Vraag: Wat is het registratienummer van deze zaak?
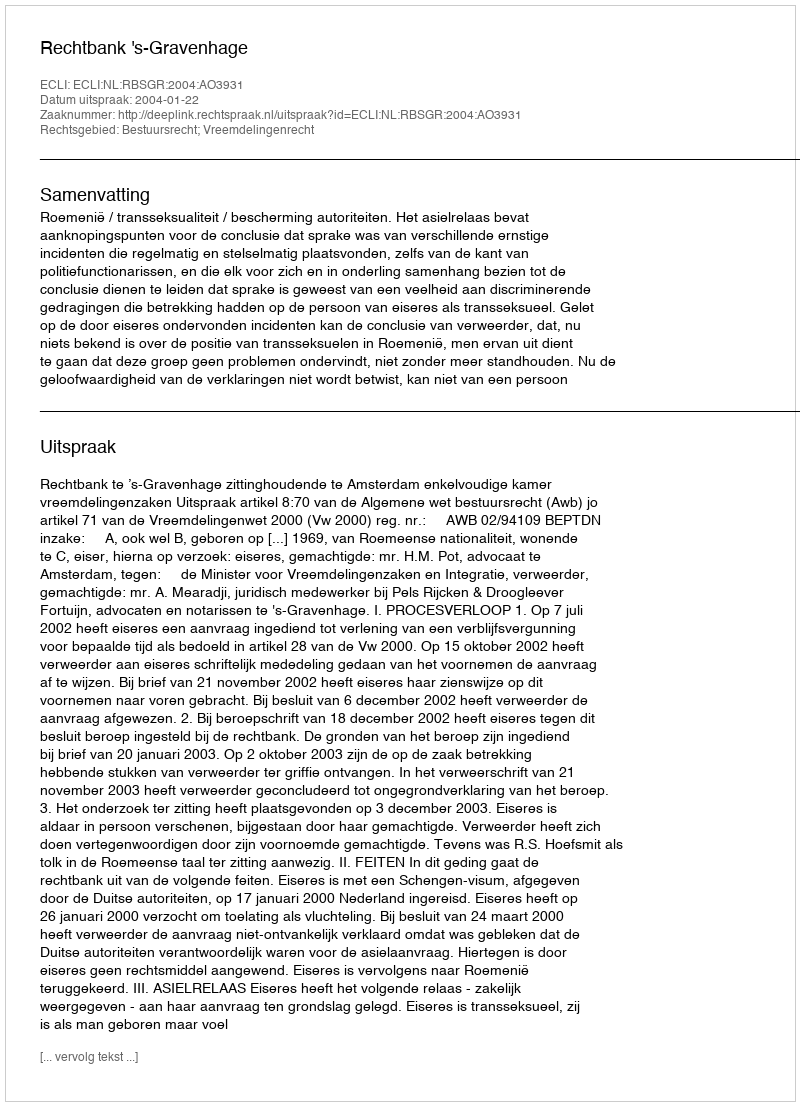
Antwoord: http://deeplink.rechtspraak.nl/uitspraak?id=ECLI:NL:RBSGR:2004:AO3931